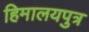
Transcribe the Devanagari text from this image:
हिमालयपुत्र